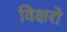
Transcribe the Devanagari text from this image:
विक्षरो